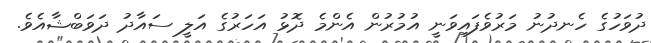
ދުވަހުގެ ހެނދުނު މަރުވެފައިވަނީ އުމުރުން އެންމެ ދޮޅު އަހަރުގެ އަލީ ސައާދު ދަވަބްޝާއެވެ.